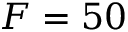
F = 5 0